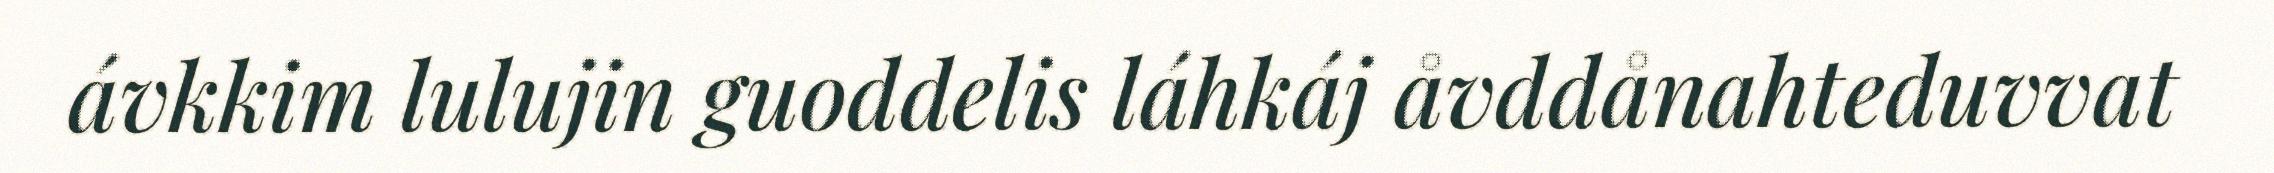
ávkkim lulujin guoddelis láhkáj åvddånahteduvvat